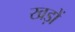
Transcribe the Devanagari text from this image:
खड़ों